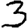
Digit: 3